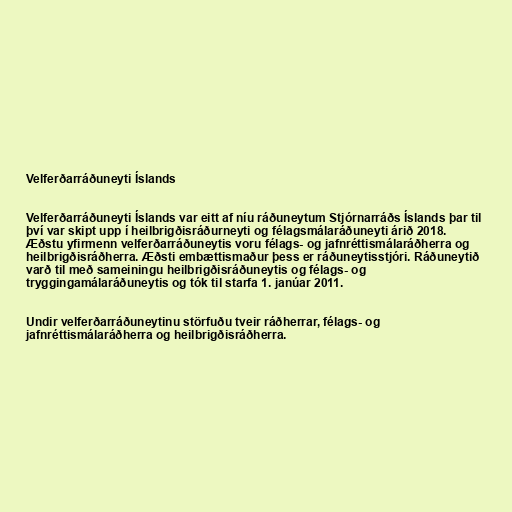
Velferðarráðuneyti Íslands

Velferðarráðuneyti Íslands var eitt af níu ráðuneytum Stjórnarráðs Íslands þar til
því var skipt upp í heilbrigðisráðurneyti og félagsmálaráðuneyti árið 2018.
Æðstu yfirmenn velferðarráðuneytis voru félags- og jafnréttismálaráðherra og
heilbrigðisráðherra. Æðsti embættismaður þess er ráðuneytisstjóri. Ráðuneytið
varð til með sameiningu heilbrigðisráðuneytis og félags- og
tryggingamálaráðuneytis og tók til starfa 1. janúar 2011.

Undir velferðarráðuneytinu störfuðu tveir ráðherrar, félags- og
jafnréttismálaráðherra og heilbrigðisráðherra.